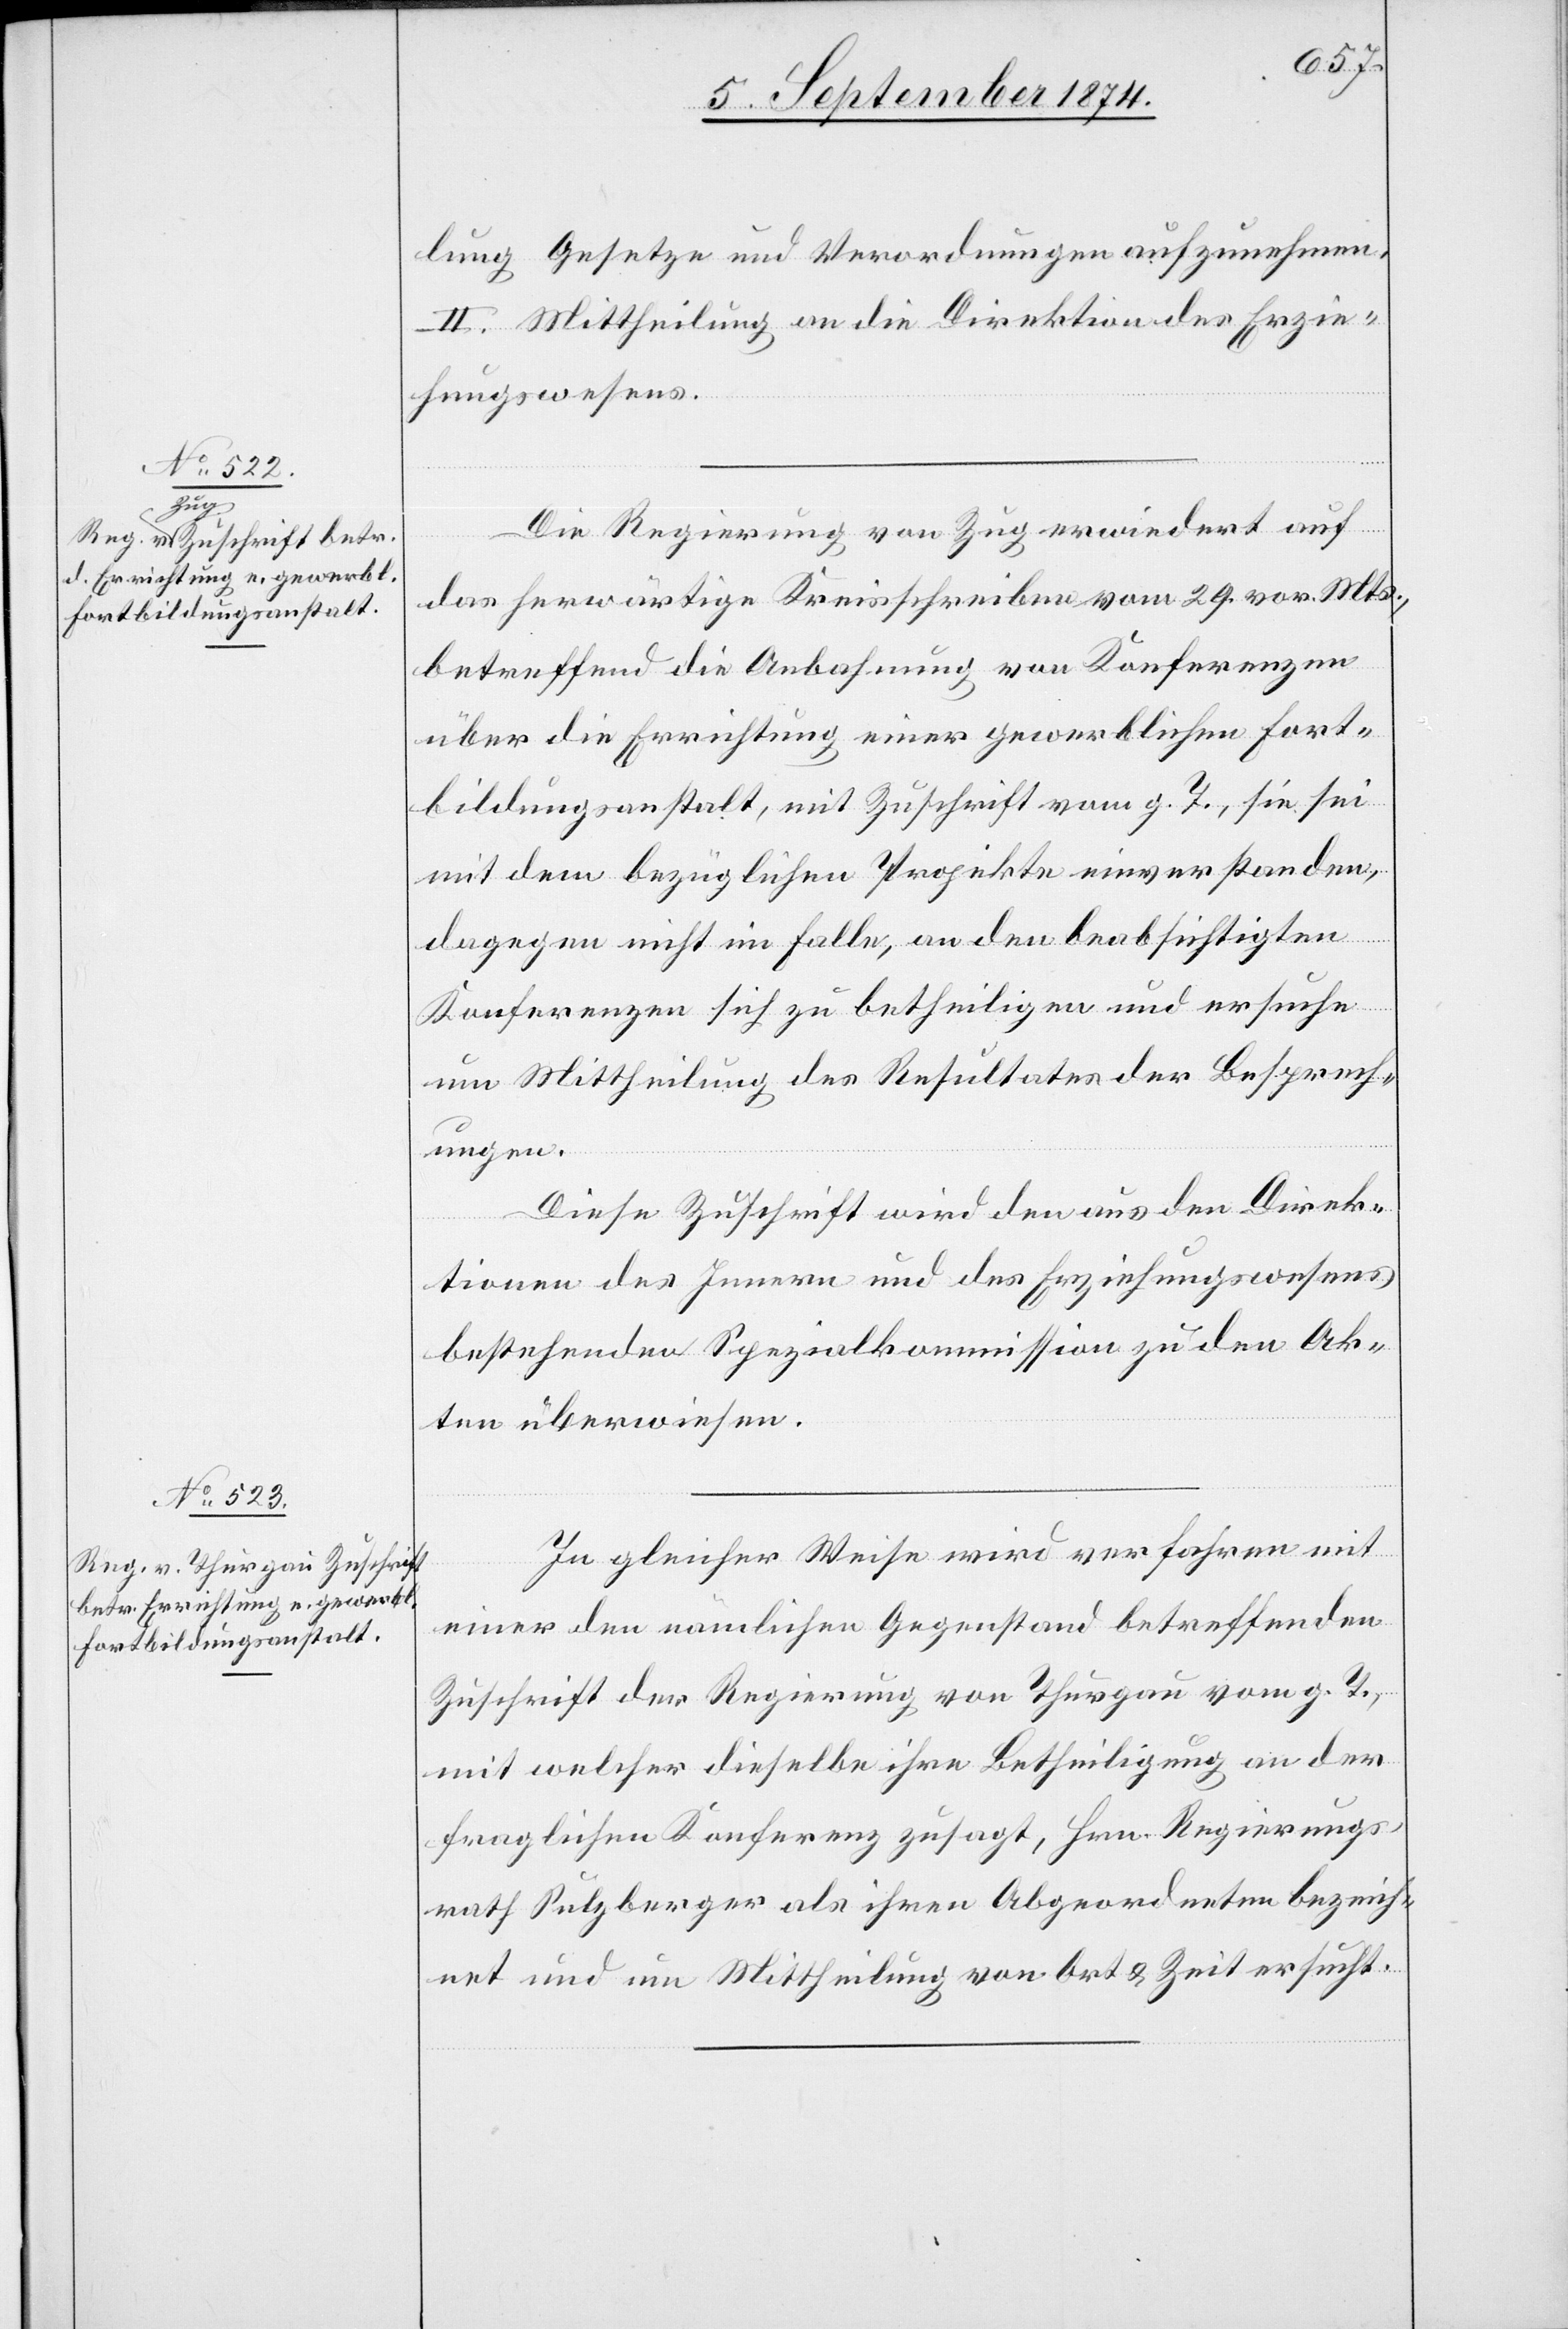
lung Gesetze und Verordnungen aufzunehmen.
II. Mittheilung an die Direktion des Erzie¬
hungswesens.
Die Regierung von Zug erwiedert auf
das herwärtige Kreisschreiben vom 29. vor. Mts.,
betreffend die Anbahnung von Konferenzen
über die Errichtung einer gewerblichen Fort¬
bildungsanstalt, mit Zuschrift vom g. T., sie sei
mit dem bezüglichen Projekte einverstanden,
dagegen nicht im Falle, an den beabsichtigten
Konferenzen sich zu betheiligen und ersuche
um Mittheilung des Resultates der Besprech¬
ungen.
Diese Zuschrift wird den aus den Direk¬
tionen des Innern und des Erziehungswesens
bestehenden Spezialkommission zu den Ak¬
ten überwiesen.
In gleicher Weise wird verfahren mit
einer den nämlichen Gegenstand betreffenden
Zuschrift der Regierung von Thurgau vom g. T.,
mit welcher dieselbe ihre Betheiligung an der
fraglichen Konferenz zusagt, Hrn. Regierungs¬
rath Sulzberger als ihren Abgeordneten bezeich¬
net und um Mittheilung von Art u. Zeit ersucht.